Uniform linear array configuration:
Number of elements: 24
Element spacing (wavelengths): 0.75
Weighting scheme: hann
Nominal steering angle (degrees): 30
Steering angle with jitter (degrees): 31.876
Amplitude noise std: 0.05
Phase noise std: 0.05

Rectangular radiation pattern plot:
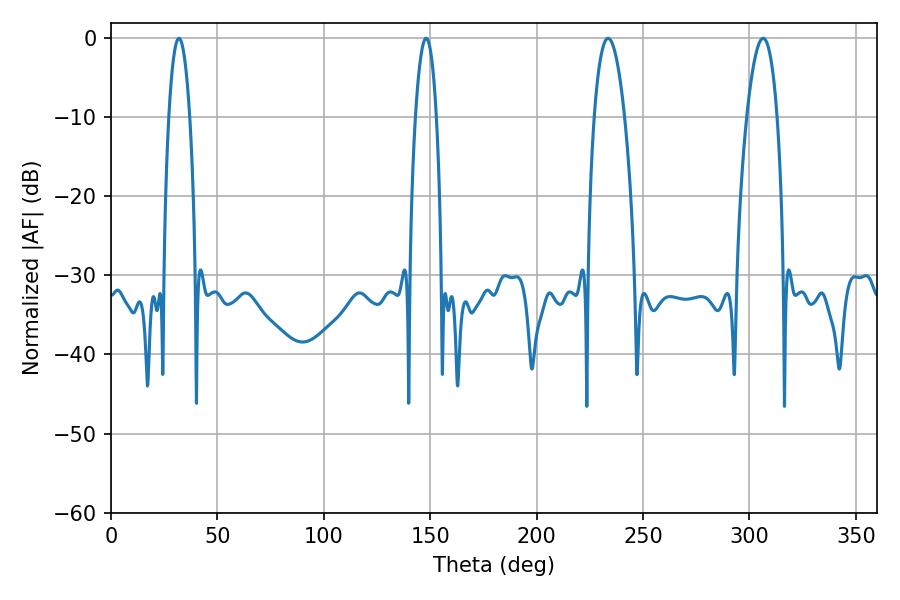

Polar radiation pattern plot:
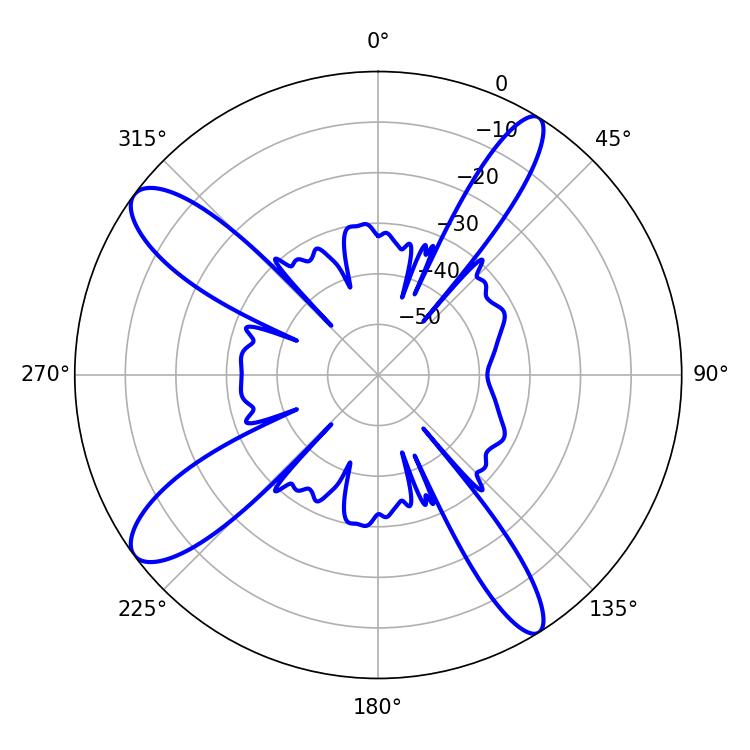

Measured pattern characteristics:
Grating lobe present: TRUE
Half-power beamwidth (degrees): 7.92
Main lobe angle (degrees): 233.64